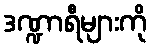
ဒဏ္ဍာရီများကို